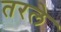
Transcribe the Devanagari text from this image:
तरले